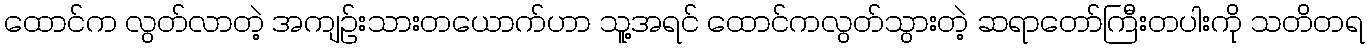
ထောင်က လွတ်လာတဲ့ အကျဉ်းသားတယောက်ဟာ သူ့အရင် ထောင်ကလွတ်သွားတဲ့ ဆရာတော်ကြီးတပါးကို သတိတရ